Civil Veterinary Dept. Bombay admin report 1923-31 - 1923-1931
Year: 1923
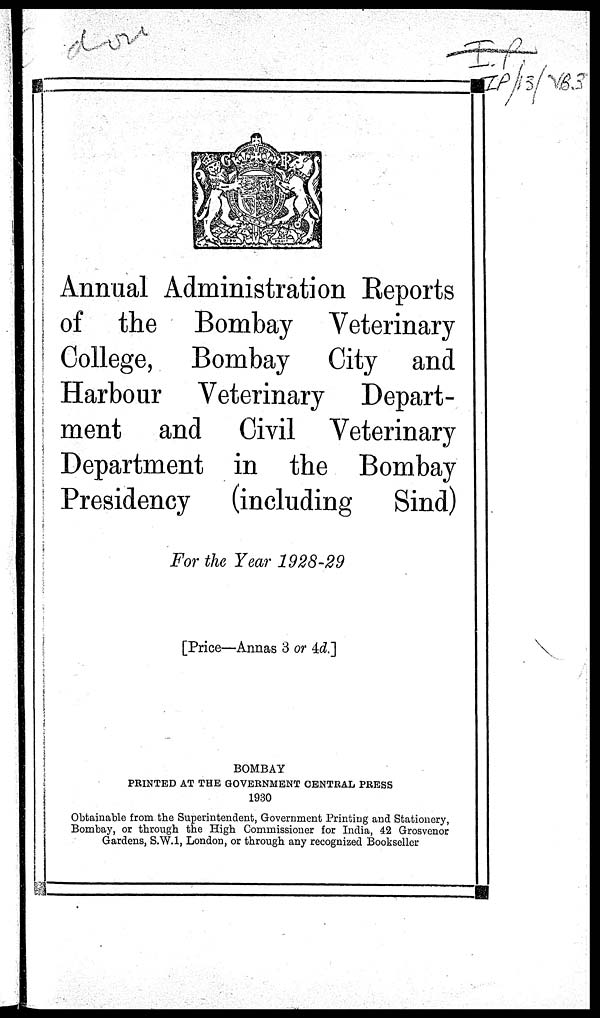
Annual Administration Reports
of the Bombay Veterinary
College, Bombay City and
Harbour Veterinary Depart-
ment and Civil Veterinary
Department in the Bombay
Presidency (including Sind)
For the Year 1928-29
[Price—Annas 3 or 4d.]
BOMBAY
PRINTED AT THE GOVERNMENT CENTRAL PRESS
1930
Obtainable from the Superintendent, Government Printing and Stationery,
Bombay, or through the High Commissioner for India, 42 Grosvenor
Gardens, S.W.I, London, or through any recognized Bookseller